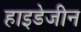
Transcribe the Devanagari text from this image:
हाइडेजीन